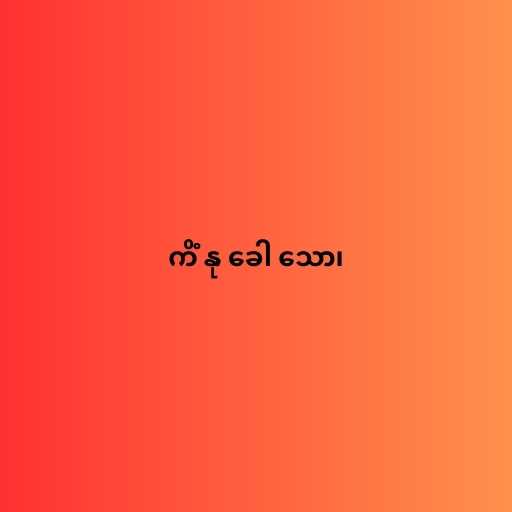
ကိံ နု ခေါ သော၊